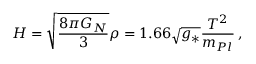
H = \sqrt { \frac { 8 \pi G _ { N } } { 3 } } \rho = 1 . 6 6 \sqrt { g _ { * } } \frac { T ^ { 2 } } { m _ { P l } } \, ,